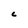
Character: C